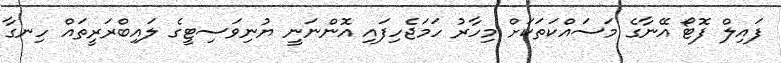
ފައިލް ފޮޓޯ އޭނާގެ މަސައްކަތަކަށް މިހާރު ހަމަޖެހިފައި އޮންނަނީ ޔުނިވަސިޓީގެ ލައިބްރަރީތައް ހިނގާ